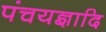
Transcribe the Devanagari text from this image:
पंचयज्ञादि